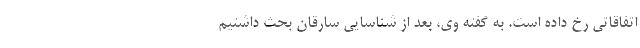
اتفاقاتی رخ داده است. به گفته وی، بعد از شناسایی سارقان بحث داشتیم